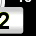
Digit: 2